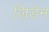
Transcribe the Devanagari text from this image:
जिडेन